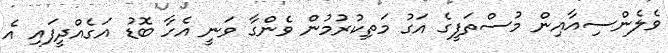
ވެލެންސިއާއިން މުސްތަފީގެ އަގު މަތިކުރުމުން ވެންގާ ވަނީ އެހާ ބޮޑު އަގެއްދީފައި އެ